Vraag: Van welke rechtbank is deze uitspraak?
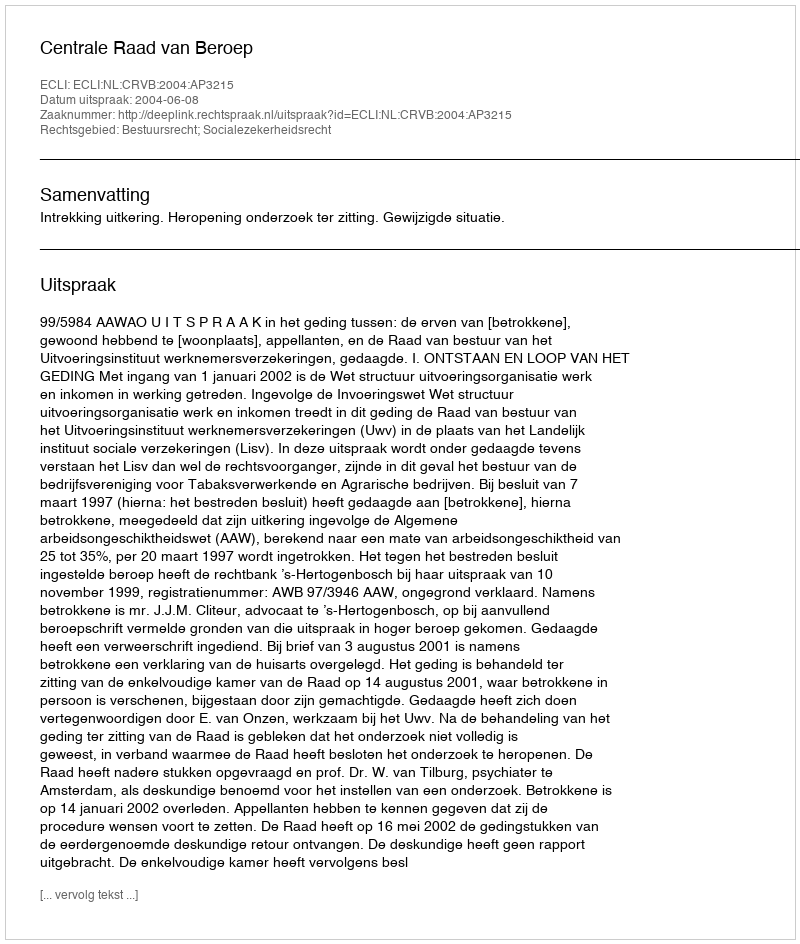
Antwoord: Centrale Raad van Beroep